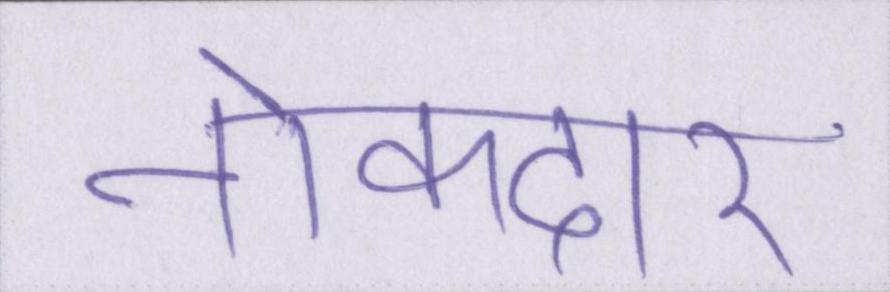
नोकदार